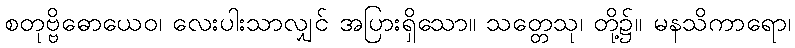
စတုဗ္ဗိဓောယေဝ၊ လေးပါးသာလျှင် အပြားရှိသော။ သတ္တေသု၊ တို့၌။ မနသိကာရော၊